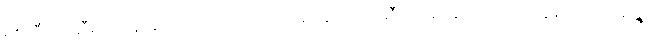
ရစ်ဘီးလုံးဆီမှာ ထိန်းချုပ် ကြိုးကိုင်ထားတဲ့ အပ်ချည်ကြိုးဆီကနေ လွတ်အောင် တွန်းထိုး၊ ယိမ်းနွဲ့၊